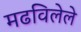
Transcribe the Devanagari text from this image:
मढविलेले